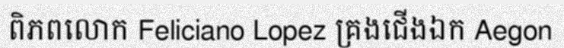
ពិភពលោក Feliciano Lopez គ្រងជើងឯក Aegon